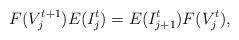
LaTeX: \begin{align*}F(V_j^{t+1})E(I_j^t)=E(I_{j+1}^t)F(V_j^{t}),\end{align*}